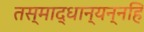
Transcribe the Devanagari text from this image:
तस्माद्धान्यन्नहि